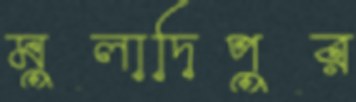
মুলাদিপুর